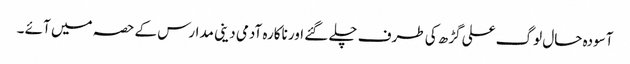
آسودہ حال لوگ علی گڑھ کی طرف چلے گئے اور ناکارہ آدمی دینی مدارس کے حصہ میں آئے ۔